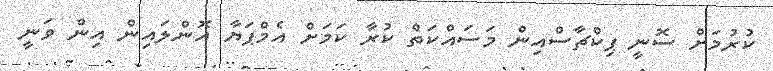
ކުރުމަށް ސޮނީ ޕިކްޗާސްއިން މަސައްކަތް ކުރާ ކަމަށް އެމްޕަޔާ އޮންލައިން އިން ވަނީ